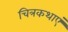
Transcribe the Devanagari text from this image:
चित्रकथाएं